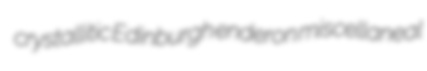
crystallitic Edinburgh enderon miscellaneal